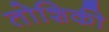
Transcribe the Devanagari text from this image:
तोशिकी